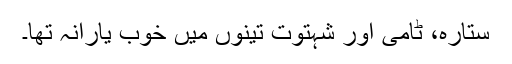
ستارہ، ٹامی اور شہتوت تینوں میں خوب یارانہ تھا۔